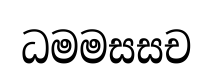
ධමමසසච